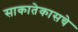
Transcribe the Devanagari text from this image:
साकातेकासचे